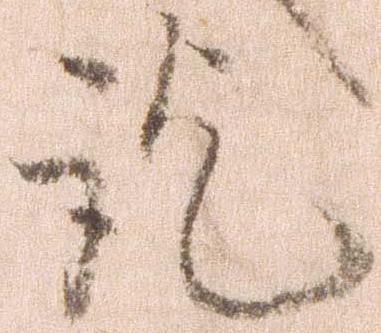
訖